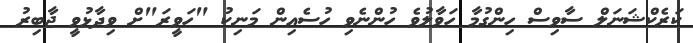
ކަރެކްޝަނަލް ސާވިސް ހިންގުމާ ހަވާލުވެ ހުންނެވި ހުސެއިން މަނިކު "ހަވީރަ"ށް ވިދާޅުވީ ޖާބިރު